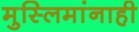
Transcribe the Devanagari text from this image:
मुस्लिमांनाही